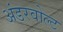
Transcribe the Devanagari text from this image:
अंडरवोल्ट